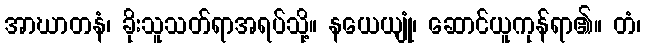
အာဃာတနံ၊ ခိုးသူသတ်ရာအရပ်သို့။ နယေယျုံ၊ ဆောင်ယူကုန်ရာ၏။ တံ၊